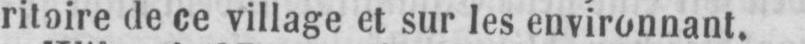
ritoire de ce village et sur les environnant.